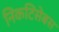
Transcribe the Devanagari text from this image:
निकटिसेबस